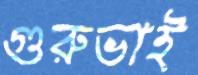
গুরুভাই